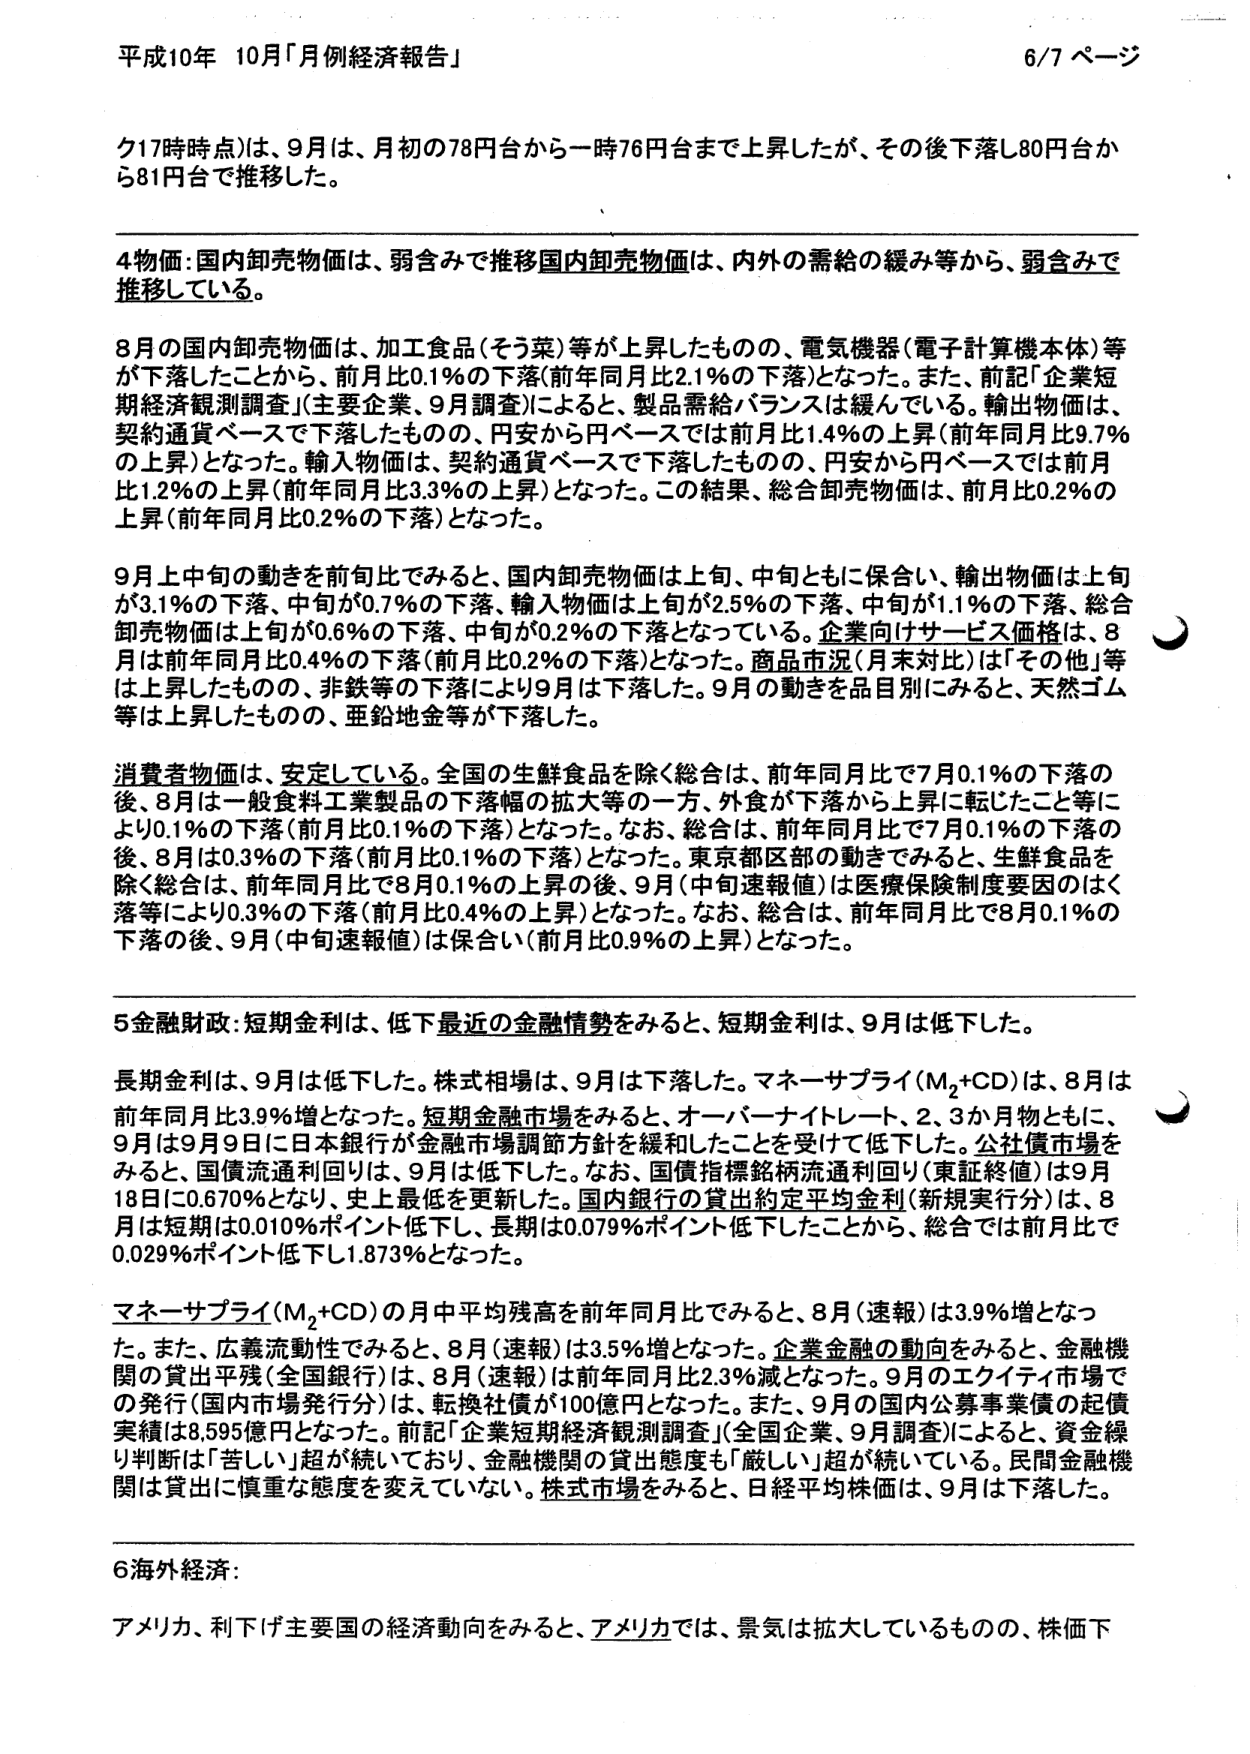
平成10年 10月「月例経済報告」 6/7 ページ

ク17時時点)は、9月は、月初の78円台から一時76円台まで上昇したが、その後下落し80円台から81円台で推移した。

4物価:国内卸売物価は、弱含みで推移国内卸売物価は、内外の需給の緩み等から、弱含みで推移している。

8月の国内卸売物価は、加工食品(そう菜)等が上昇したものの、電気機器(電子計算機本体)等が下落したことから、前月比0.1%の下落(前年同月比2.1%の下落)となった。また、前記「企業短期経済観測調査」(主要企業、9月調査)によると、製品需給バランスは緩んでいる。輸出物価は、契約通貨ベースで下落したものの、円安から円ベースでは前月比1.4%の上昇(前年同月比9.7%の上昇)となった。輸入物価は、契約通貨ベースで下落したものの、円安から円ベースでは前月比1.2%の上昇(前年同月比3.3%の上昇)となった。この結果、総合卸売物価は、前月比0.2%の上昇(前年同月比0.2%の下落)となった。

9月上中旬の動きを前旬比でみると、国内卸売物価は上旬、中旬ともに保合い、輸出物価は上旬が3.1%の下落、中旬が0.7%の下落、輸入物価は上旬が2.5%の下落、中旬が1.1%の下落、総合卸売物価は上旬が0.6%の下落、中旬が0.2%の下落となっている。企業向けサービス価格は、8月は前年同月比0.4%の下落(前月比0.2%の下落)となった。商品市況(月末対比)は「その他」等は上昇したものの、非鉄等の下落により9月は下落した。9月の動きを品目別にみると、天然ゴム等は上昇したものの、亜鉛地金等が下落した。

消費者物価は、安定している。全国の生鮮食品を除く総合は、前年同月比で7月0.1%の下落の後、8月は一般食料工業製品の下落幅の拡大等の一方、外食が下落から上昇に転じたこと等により0.1%の下落(前月比0.1%の下落)となった。なお、総合は、前年同月比で7月0.1%の下落の後、8月は0.3%の下落(前月比0.1%の下落)となった。東京都区部の動きでみると、生鮮食品を除く総合は、前年同月比で8月0.1%の上昇の後、9月(中旬速報値)は医療保険制度要因のほく落等により0.3%の下落(前月比0.4%の上昇)となった。なお、総合は、前年同月比で8月0.1%の下落の後、9月(中旬速報値)は保合い(前月比0.9%の上昇)となった。

5金融財政:短期金利は、低下最近の金融情勢をみると、短期金利は、9月は低下した。

長期金利は、9月は低下した。株式相場は、9月は下落した。マネーサプライ(M₂+CD)は、8月は前年同月比3.9%増となった。短期金融市場をみると、オーバーナイトレート、2、3か月物ともに、9月は9月9日に日本銀行が金融市場調節方針を緩和したことを受けて低下した。公社債市場をみると、国債流通利回りは、9月は低下した。なお、国債指標銘柄流通利回り(東証終値)は9月18日に0.670%となり、史上最低を更新した。国内銀行の貸出約定平均金利(新規実行分)は、8月は短期は0.010%ポイント低下し、長期は0.079%ポイント低下したことから、総合では前月比で0.029%ポイント低下し1.873%となった。

マネーサプライ(M₂+CD)の月中平均残高を前年同月比でみると、8月(速報)は3.9%増となった。また、広義流動性でみると、8月(速報)は3.5%増となった。企業金融の動向をみると、金融機関の貸出残高(全国銀行)は、8月(速報)は前年同月比2.3%減となった。9月のエクイティ市場での発行(国内市場発行分)は、転換社債が100億円となった。また、9月の国内公募事業債の起債実績は8,595億円となった。前記「企業短期経済観測調査」(全国企業、9月調査)によると、資金繰り判断は「苦しい」超が続いており、金融機関の貸出態度も「厳しい」超が続いている。民間金融機関は貸出に慎重な態度を変えていない。株式市場をみると、日経平均株価は、9月は下落した。

6海外経済:

アメリカ、利下げ主要国の経済動向をみると、アメリカでは、景気は拡大しているものの、株価下